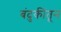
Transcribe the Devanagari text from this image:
बंदुकींतून